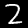
Label: 2